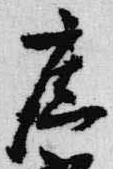
廣